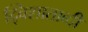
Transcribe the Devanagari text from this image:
द्विशाताब्दी